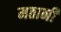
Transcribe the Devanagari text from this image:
मठानी